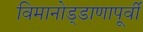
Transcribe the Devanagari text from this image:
विमानोड्डाणापूर्वी